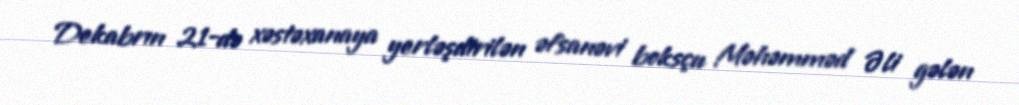
Dekabrın 21-də xəstəxanaya yerləşdirilən əfsanəvi boksçu Məhəmməd Əli gələn